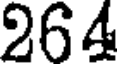
264